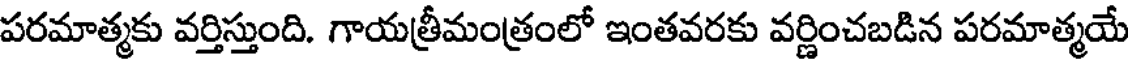
పరమాత్మకు వర్తిస్తుంది. గాయత్రీమంత్రంలో ఇంతవరకు వర్ణించబడిన పరమాత్మయే